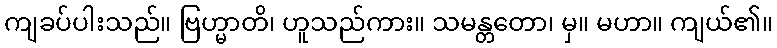
ကျခပ်ပါးသည်။ ဗြဟ္မာတိ၊ ဟူသည်ကား။ သမန္တတော၊ မှ။ မဟာ။ ကျယ်၏။